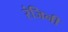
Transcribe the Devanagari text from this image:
रंजिनी